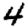
Digit: 4